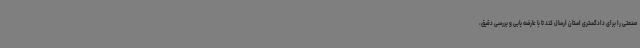
صنعتی را برای دادگستری استان ارسال کند تا با عارضه یابی و بررسی دقیق،